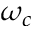
\omega _ { c }